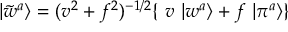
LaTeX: | \tilde { w } ^ { a } \rangle = ( v ^ { 2 } + f ^ { 2 } ) ^ { - 1 / 2 } \{ ~ v ~ | w ^ { a } \rangle + f ~ | \pi ^ { a } \rangle \}